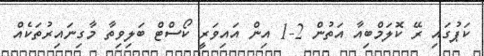
ކަޕުގައި ރޭ ކޮލަމްބިއާ އަތުން 2-1 އިން އައިވަރީ ކޯސްޓް ބަލިވިތާ މާގިނައިރުތަކެއް